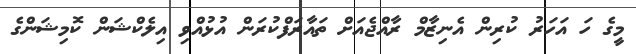
މީގެ ހަ އަހަރު ކުރިން އެނިޒާމް ރާއްޖެއަށް ތައާރަފްކުރަން އުޅުއްވި އިލެކްޝަން ކޮމިޝަންގެ